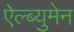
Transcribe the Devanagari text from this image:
ऐल्ब्युमेन